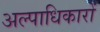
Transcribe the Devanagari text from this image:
अल्पाधिकारों